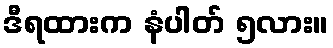
ဒီရထားက နံပါတ် ၅လား။